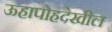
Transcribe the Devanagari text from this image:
ऊहापोहदेखील